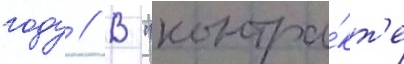
году // В "контра́кт'е